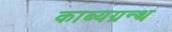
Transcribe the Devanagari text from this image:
काब्यग्रन्थ